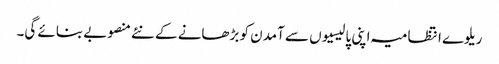
ریلوے انتظامیہ اپنی پالیسیوں سے آمدن کو بڑھانے کے نئے منصوبے بنائے گی۔